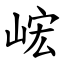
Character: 峵